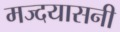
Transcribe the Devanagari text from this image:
मज्दयासनी